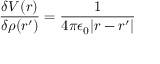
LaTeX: { \frac { \delta V ( r ) } { \delta \rho ( r ^ { \prime } ) } } = { \frac { 1 } { 4 \pi \epsilon _ { 0 } | r - r ^ { \prime } | } }